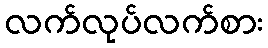
လက်လုပ်လက်စား